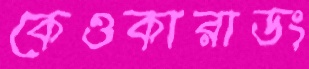
কেওকারাডং